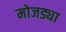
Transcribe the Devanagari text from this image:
मोजड्या